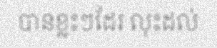
បានខ្លះៗដែរ លុះដល់